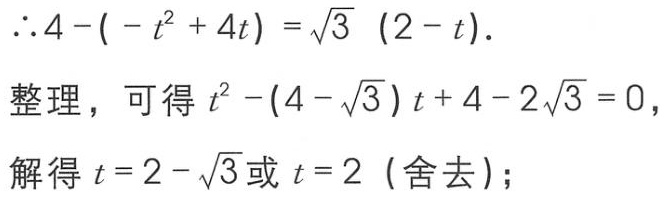
\(\therefore 4-(-t^{2}+4t)=\sqrt{3}(2 - t).\)
整理，可得\(t^{2}-(4-\sqrt{3})t + 4 - 2\sqrt{3}=0\)，
解得\(t = 2-\sqrt{3}\)或\(t = 2\)（舍去）；